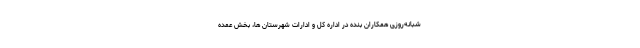
شبانه‌روزی همکاران بنده در اداره کل و ادارات شهرستان ها، بخش عمده